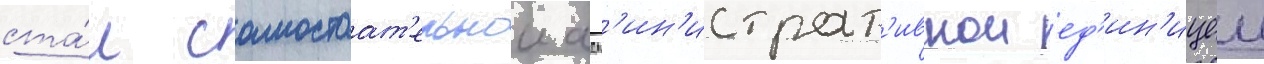
ста́л самостоат'ельнои адм'ин'истрат'ивнои ед'ин'ицеи